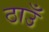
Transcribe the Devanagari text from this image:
ठाउँ